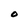
Character: O